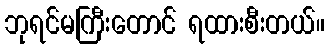
ဘုရင်မကြီးတောင် ရထားစီးတယ်။